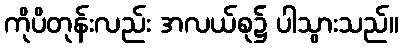
ကိုပိတုန်းလည်း အလယ်စု၌ ပါသွားသည်။